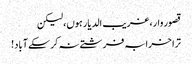
قصور وار، غریب الدیار ہوں، لیکن
ترا خرابہ فرشتے نہ کر سکے آباد!